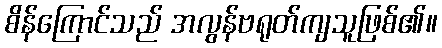
စိန်ကြောင်သည် အလွန်ဗရုတ်ကျသူဖြစ်၏။